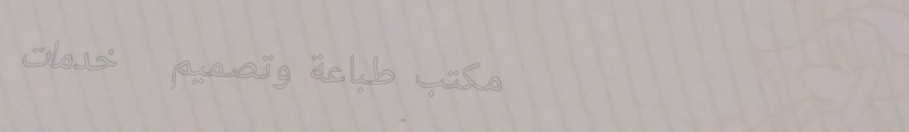
مكتب طباعة وتصميم   خدمات